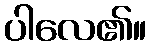
ပါလေ၏။